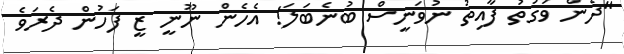
"ދެން ވަގުތު ފާއިތު ނުވަނީސް ބުނެބަލަ! އެހެން ނޫނީ ޒީ ފަހުން ދެރަވެ